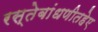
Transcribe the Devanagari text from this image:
रस्तेबांधणीतहेए